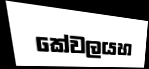
කේවලයහ